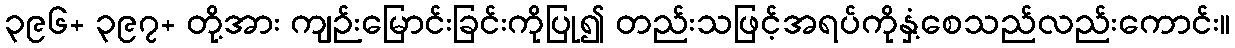
၃၉၆+ ၃၉၇+ တို့အား ကျဉ်းမြောင်းခြင်းကိုပြု၍ တည်းသဖြင့်အရပ်ကိုနှံ့စေသည်လည်းကောင်း။